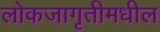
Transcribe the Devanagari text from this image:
लोकजागृतीमधील